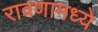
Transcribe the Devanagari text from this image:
रावणामध्ये